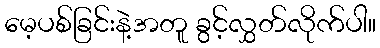
မေ့ပစ်ခြင်းနဲ့အတူ ခွင့်လွှတ်လိုက်ပါ။